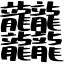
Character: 𪚥